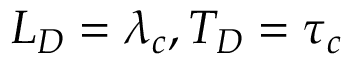
L _ { D } = \lambda _ { c } , T _ { D } = \tau _ { c }